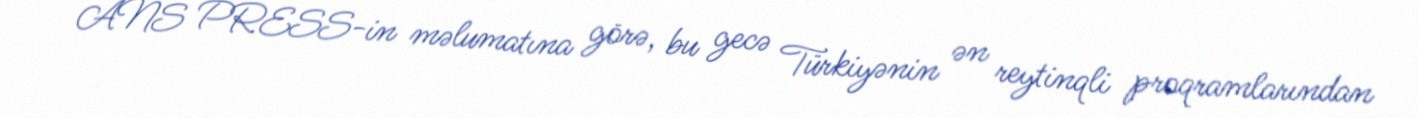
ANS PRESS-in məlumatına görə, bu gecə Türkiyənin ən reytinqli proqramlarından